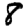
Digit: 8